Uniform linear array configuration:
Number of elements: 48
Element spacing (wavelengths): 0.75
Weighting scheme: blackman
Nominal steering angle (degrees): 15
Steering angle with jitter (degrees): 16.858
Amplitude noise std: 0.05
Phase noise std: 0.05

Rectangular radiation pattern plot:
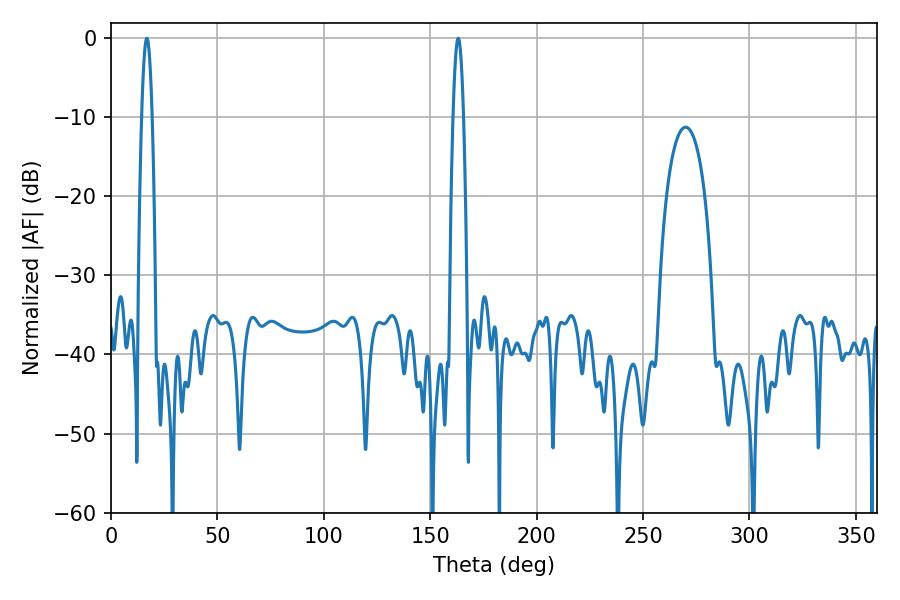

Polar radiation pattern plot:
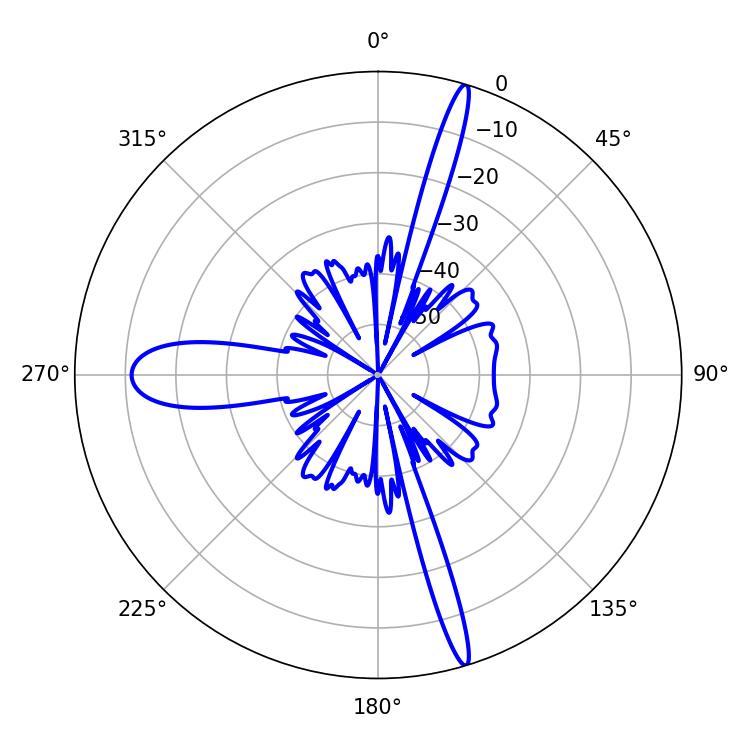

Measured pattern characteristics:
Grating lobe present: TRUE
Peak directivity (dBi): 21.275
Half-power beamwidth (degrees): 2.7
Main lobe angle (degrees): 163.08